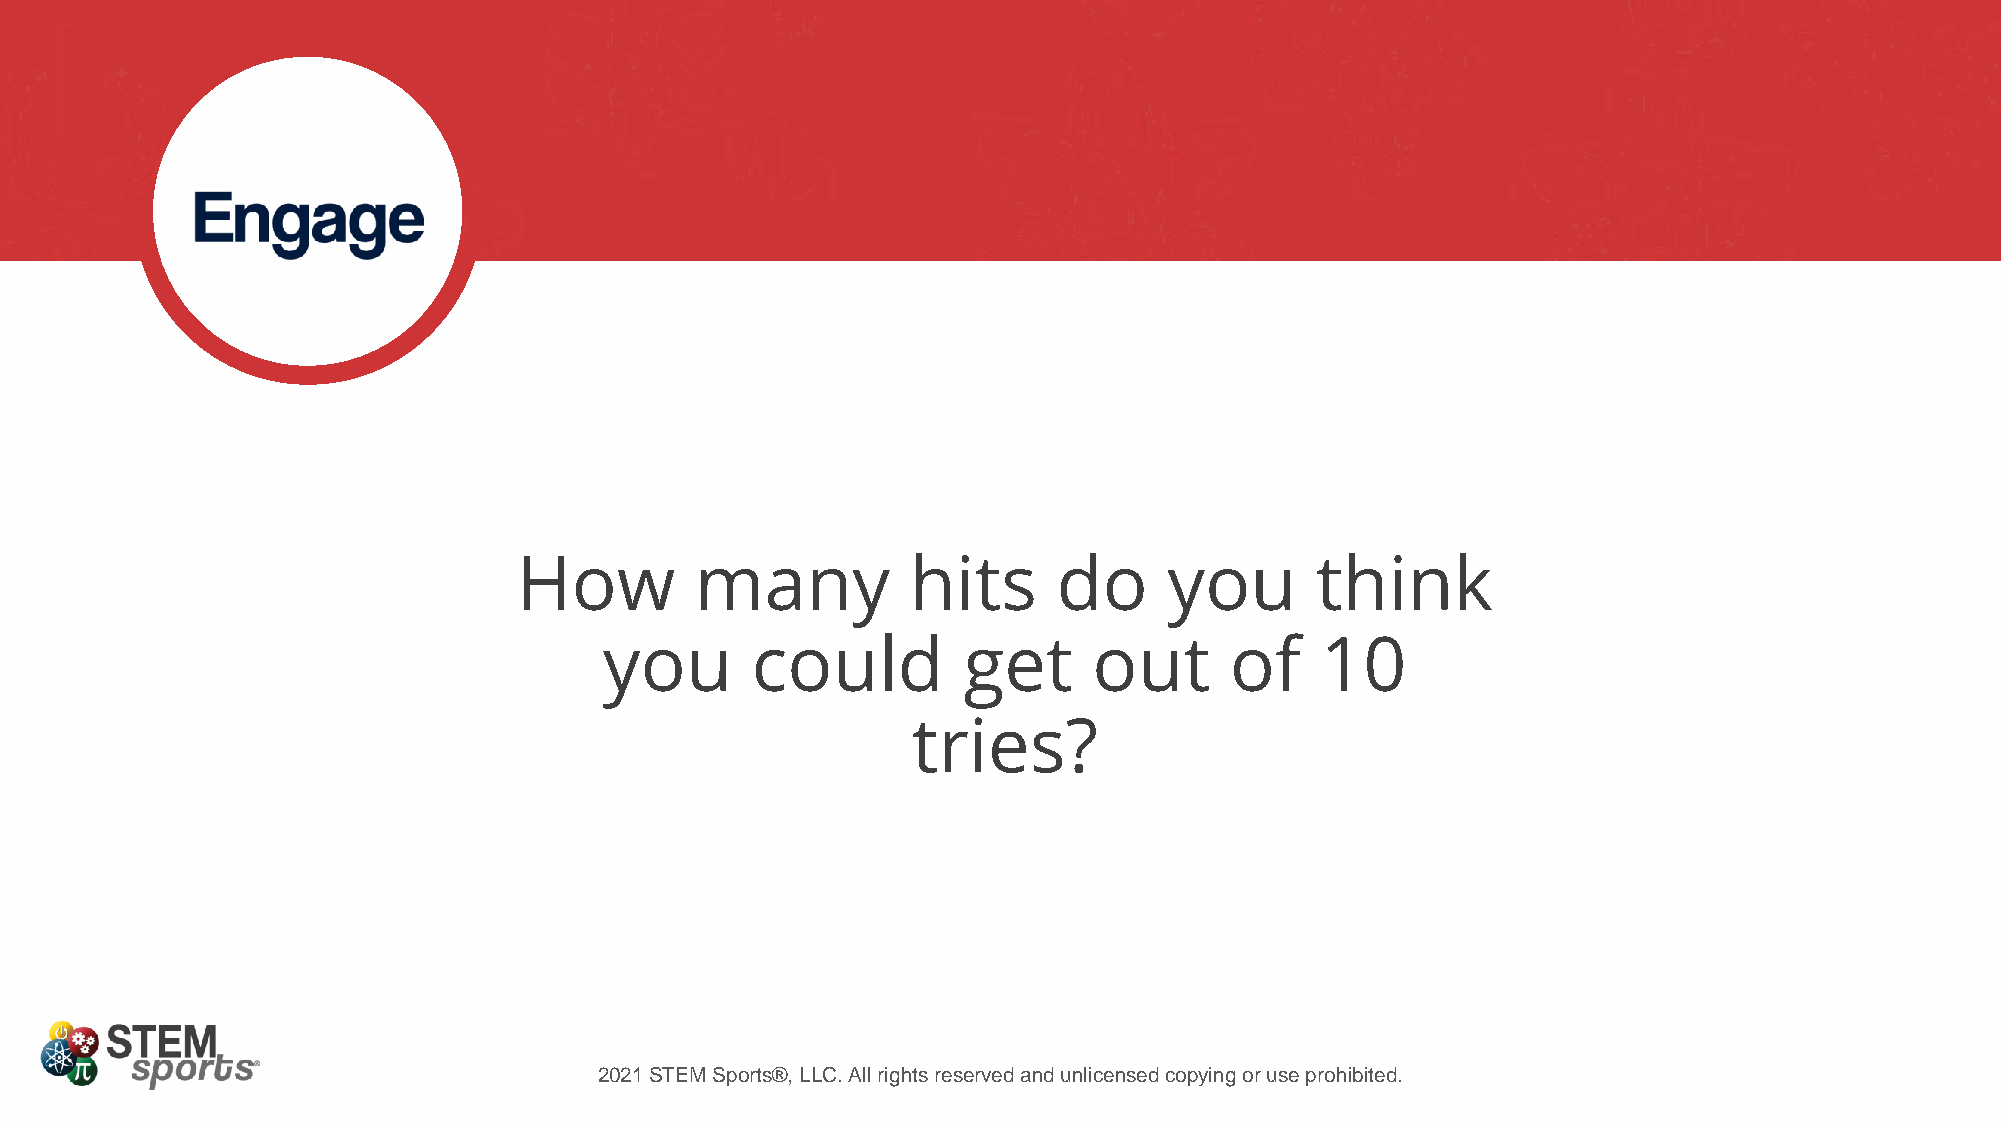
How         many          hits      do     you       think
 you       could         get     out      of    10
 tries?
 2021 STEM Sports®, LLC. All rights reserved and unlicensed copying or use prohibited.